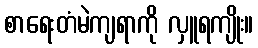
စာရေးတံမဲကျရာကို လှူရကျိုး။